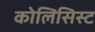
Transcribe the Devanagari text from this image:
कोलिसिस्ट